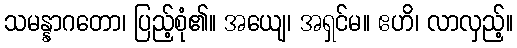
သမန္နာဂတော၊ ပြည့်စုံ၏။ အယျေ၊ အရှင်မ။ ဧဟိ၊ လာလှည့်။